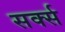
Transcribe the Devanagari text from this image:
सर्क्स